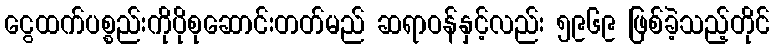
ငွေထက်ပစ္စည်းကိုပိုစုဆောင်းတတ်မည် ဆရာဝန်နှင့်လည်း ၅၉၆၉ ဖြစ်ခဲ့သည့်တိုင်